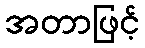
အတာဖြင့်